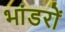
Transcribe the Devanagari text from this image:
भांडरों